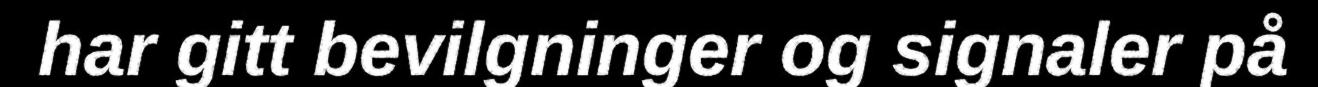
har gitt bevilgninger og signaler på